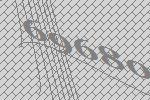
69680